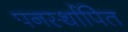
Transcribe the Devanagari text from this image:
पनर्स्थापित